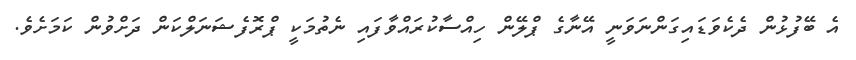
އެ ބޭފުޅުން ދެކެވަޑައިގަންނަވަނީ އޭނާގެ ޕްލޭން ހިއްސާކުރައްވާފައި ނެތުމަކީ ޕްރޮފެޝަނަލްކަން ދަށްވުން ކަމަށެވެ.